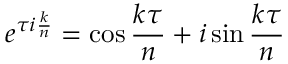
e ^ { \tau i { \frac { k } { n } } } = \cos { \frac { k \tau } { n } } + i \sin { \frac { k \tau } { n } }